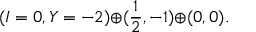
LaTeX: ( I = 0 , Y = - 2 ) { \oplus } ( \frac { 1 } { 2 } , - 1 ) { \oplus } ( 0 , 0 ) .